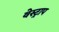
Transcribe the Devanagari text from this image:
वेस्ट्राप